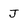
Character: J